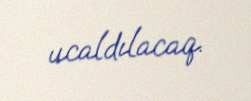
ucaldılacaq.